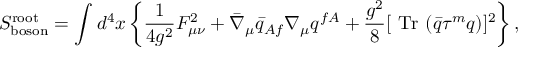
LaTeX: S _ { \mathrm { b o s o n } } ^ { \mathrm { r o o t } } = \int d ^ { 4 } x \left\{ \frac 1 { 4 g ^ { 2 } } F _ { \mu \nu } ^ { 2 } + \bar { \nabla } _ { \mu } \bar { q } _ { A f } \nabla _ { \mu } q ^ { f A } + \frac { g ^ { 2 } } 8 [ \mathrm { ~ T r ~ } ( \bar { q } \tau ^ { m } q ) ] ^ { 2 } \right\} ,